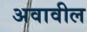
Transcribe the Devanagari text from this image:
अवावील